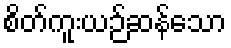
စိတ်ကူးယဉ်ဆန်သော